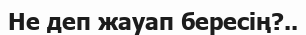
Не деп жауап бересің?..